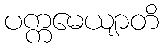
ပက္ကမေယျာတိ